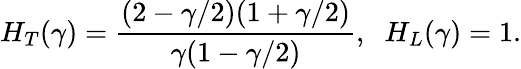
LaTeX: H_{T}(\gamma)=\frac{(2-\gamma/2)(1+\gamma/2)}{\gamma(1-\gamma/2)},\; \; H_{L}(\gamma)=1.